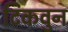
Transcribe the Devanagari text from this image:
टिकवुन